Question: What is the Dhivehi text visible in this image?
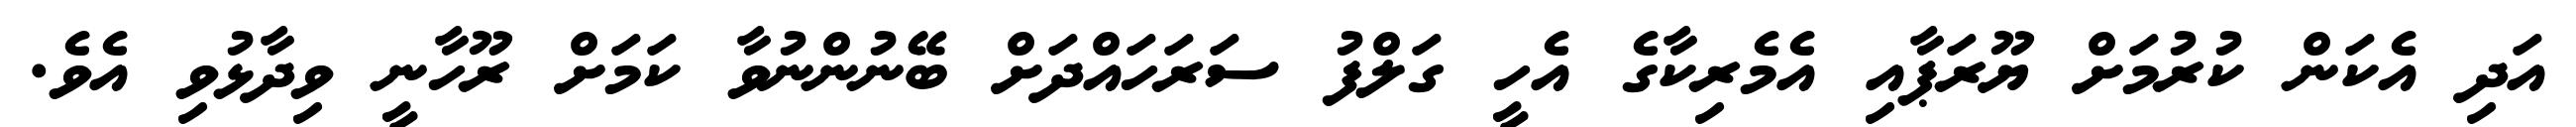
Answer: އަދި އެކަން ކުރުމަށް ޔޫރަޕާއި އެމެރިކާގެ އެހީ ގަލްފު ސަރަހައްދަށް ބޭނުންނުވާ ކަމަށް ރޫހާނީ ވިދާޅުވި އެވެ.